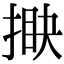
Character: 𢯵